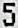
5